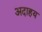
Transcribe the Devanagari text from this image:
अदाहय